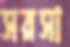
সরসা